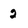
Character: 2